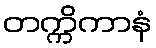
တက္ကိကာနံ